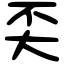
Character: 奀